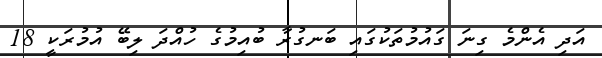
އަދި އެންމެ ގިނަ ގައުމުތަކުގައި ބަނގުރާ ބުއިމުގެ ހުއްދަ ލިބޭ އުމުރަކީ 18